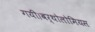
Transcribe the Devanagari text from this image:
गयी।बर्थोलोमियस